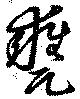
甕